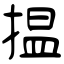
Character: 揾